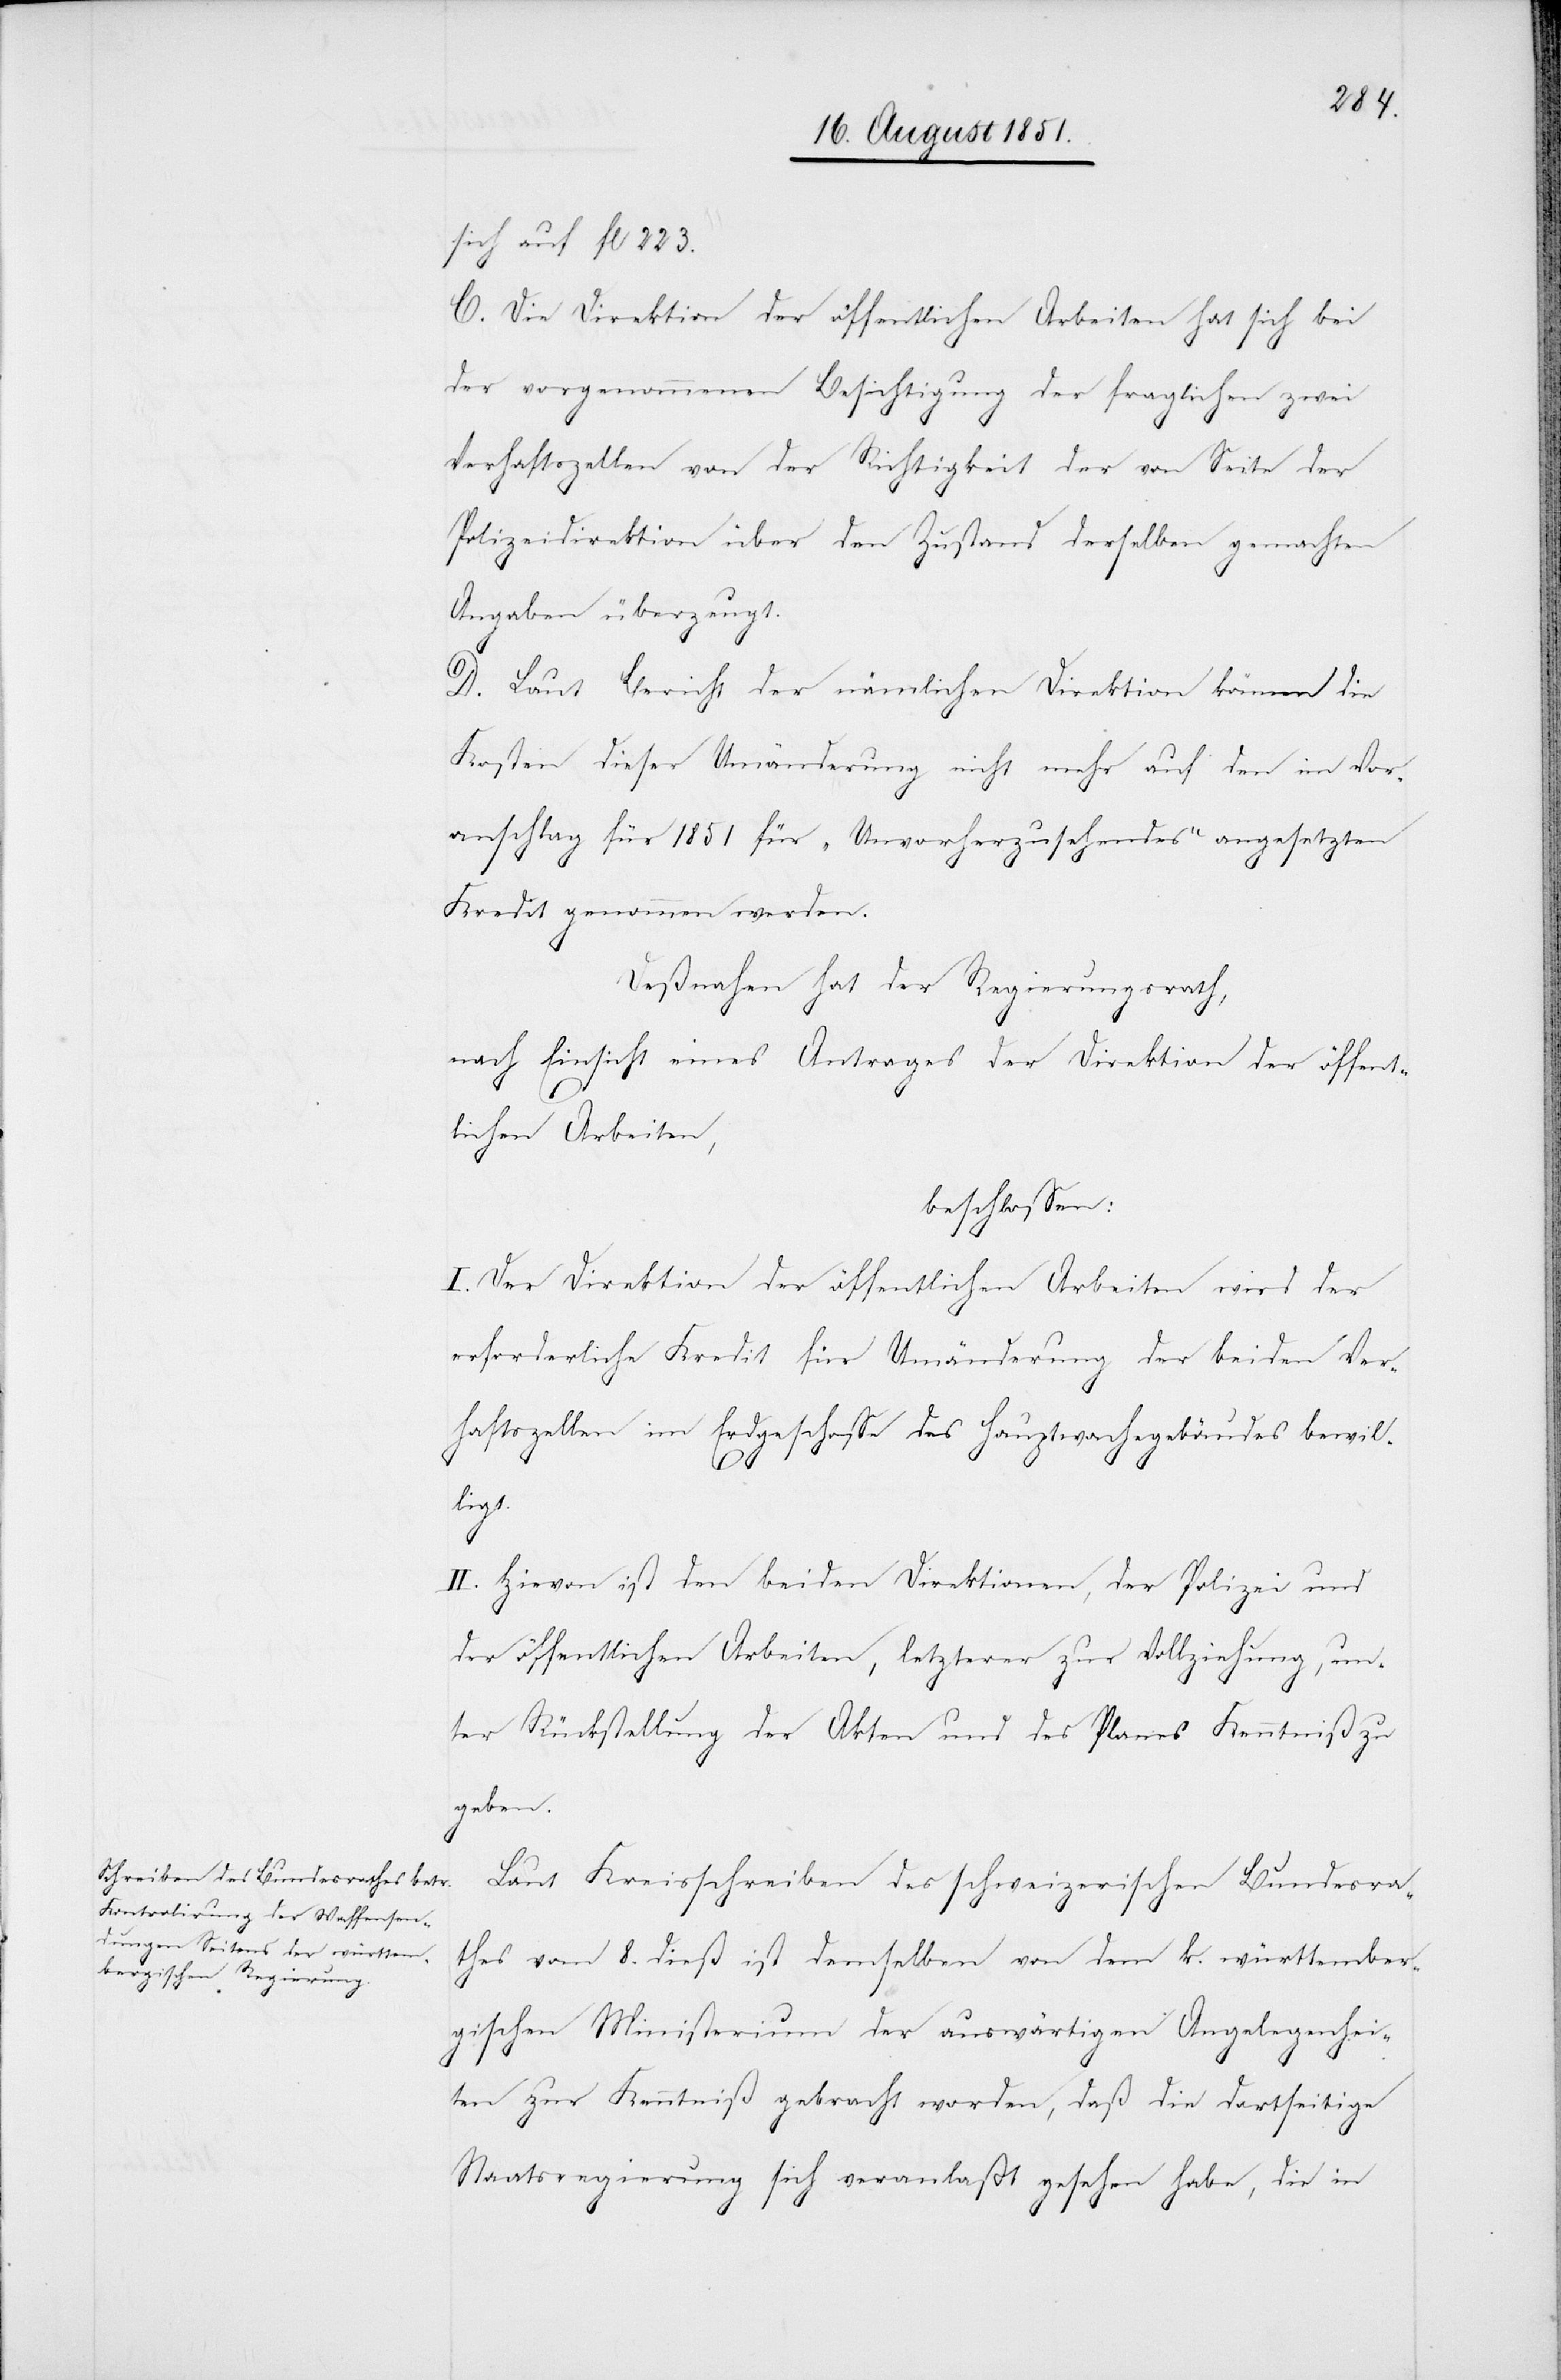
sich auf fl 223.
C. Die Direktion der öffentlichen Arbeiten hat sich bei
der vorgenommenen Besichtigung der fraglichen zwei
Verhaftszellen von der Richtigkeit der von Seite der
Polizeidirektion über den Zustand derselben gemachten
Angaben überzeugt.
D. Laut Bericht der nämlichen Direktion können die
Kosten dieser Umänderung nicht mehr auf den im Vor¬
anschlag für 1851 für „Unvorherzusehendes“ angesetzten
Kredit genommen werden.
Deßnahen hat der Regierungsrath,
nach Einsicht eines Antrages der Direktion der öffent¬
lichen Arbeiten,
beschlossen:
I. Der Direktion der öffentlichen Arbeiten wird der
erforderliche Kredit für Umänderung der beiden Ver¬
haftszellen im Erdgeschosse des Hauptwachegebäudes bewil¬
ligt.
II. Hievon ist den beiden Direktionen, der Polizei und
der öffentlichen Arbeiten, letzterer zur Vollziehung, un¬
ter Rückstellung der Akten und des Planes Kenntniß zu
geben.
Laut Kreisschreiben des schweizerischen Bundesra¬
thes vom 8. dieß ist demselben von dem k. württember¬
gischen Ministerium der auswärtigen Angelegenhei¬
ten zur Kenntniß gebracht worden, daß die dortseitige
Staatsregierung sich veranlaßt gesehen habe, die in